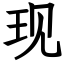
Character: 现